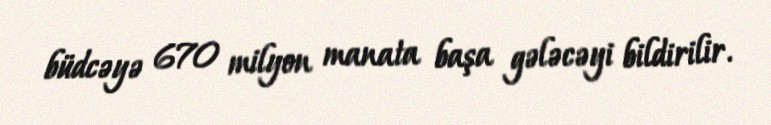
büdcəyə 670 milyon manata başa gələcəyi bildirilir.